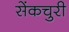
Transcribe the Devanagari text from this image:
सेंकचुरी